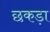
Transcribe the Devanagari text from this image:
छकड़ा